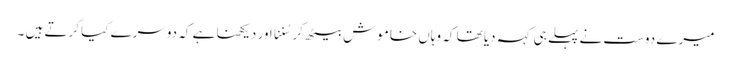
میرے دوست نے پہلے ہی کہہ دیا تھا کہ وہاں خاموش بیٹھ کر سُننا اور دیکھنا ہے کہ دوسرے کیا کرتے ہیں ۔